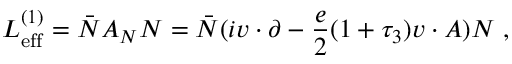
{ \cal L } _ { \mathrm { e f f } } ^ { ( 1 ) } = \bar { N } { \cal A } _ { N } N = \bar { N } ( i v \cdot \partial - { \frac { e } { 2 } } ( 1 + \tau _ { 3 } ) v \cdot A ) N \; ,